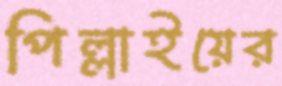
পিল্লাইয়ের